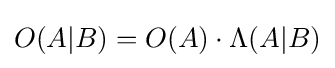
O(A\vert B)=O(A)\cdot \Lambda (A\vert B)